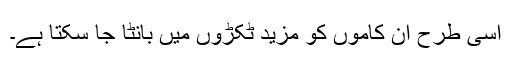
اسی طرح ان کاموں کو مزید ٹکڑوں میں بانٹا جا سکتا ہے۔